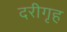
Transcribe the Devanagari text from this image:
दरीगृह